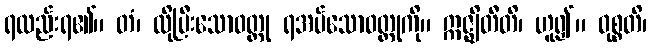
ရလည်းရ၏။ တံ၊ ထိုပြီးသောဝတ္ထု ရအပ်သောဝတ္ထုကို။ ဣဇ္ဈိတီတိ၊ ဟူ၍။ ဝုစ္စတိ၊